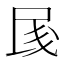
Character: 𱥨